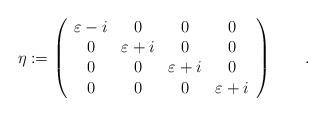
LaTeX: \begin{align*}\eta:=\left( \begin{array}{cccc}\varepsilon-i & 0 & 0 & 0 \\0 & \varepsilon+i & 0 & 0 \\0 & 0 & \varepsilon+i & 0 \\ 0 & 0 & 0 & \varepsilon+i\end{array}\right )\qquad.\end{align*}